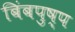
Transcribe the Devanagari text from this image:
बिंबपुष्प